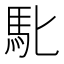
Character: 𮩲